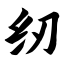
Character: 纫